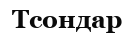
Тсондар